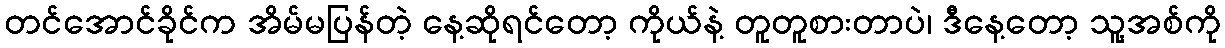
တင်အောင်ခိုင်က အိမ်မပြန်တဲ့ နေ့ဆိုရင်တော့ ကိုယ်နဲ့ တူတူစားတာပဲ၊ ဒီနေ့တော့ သူ့အစ်ကို